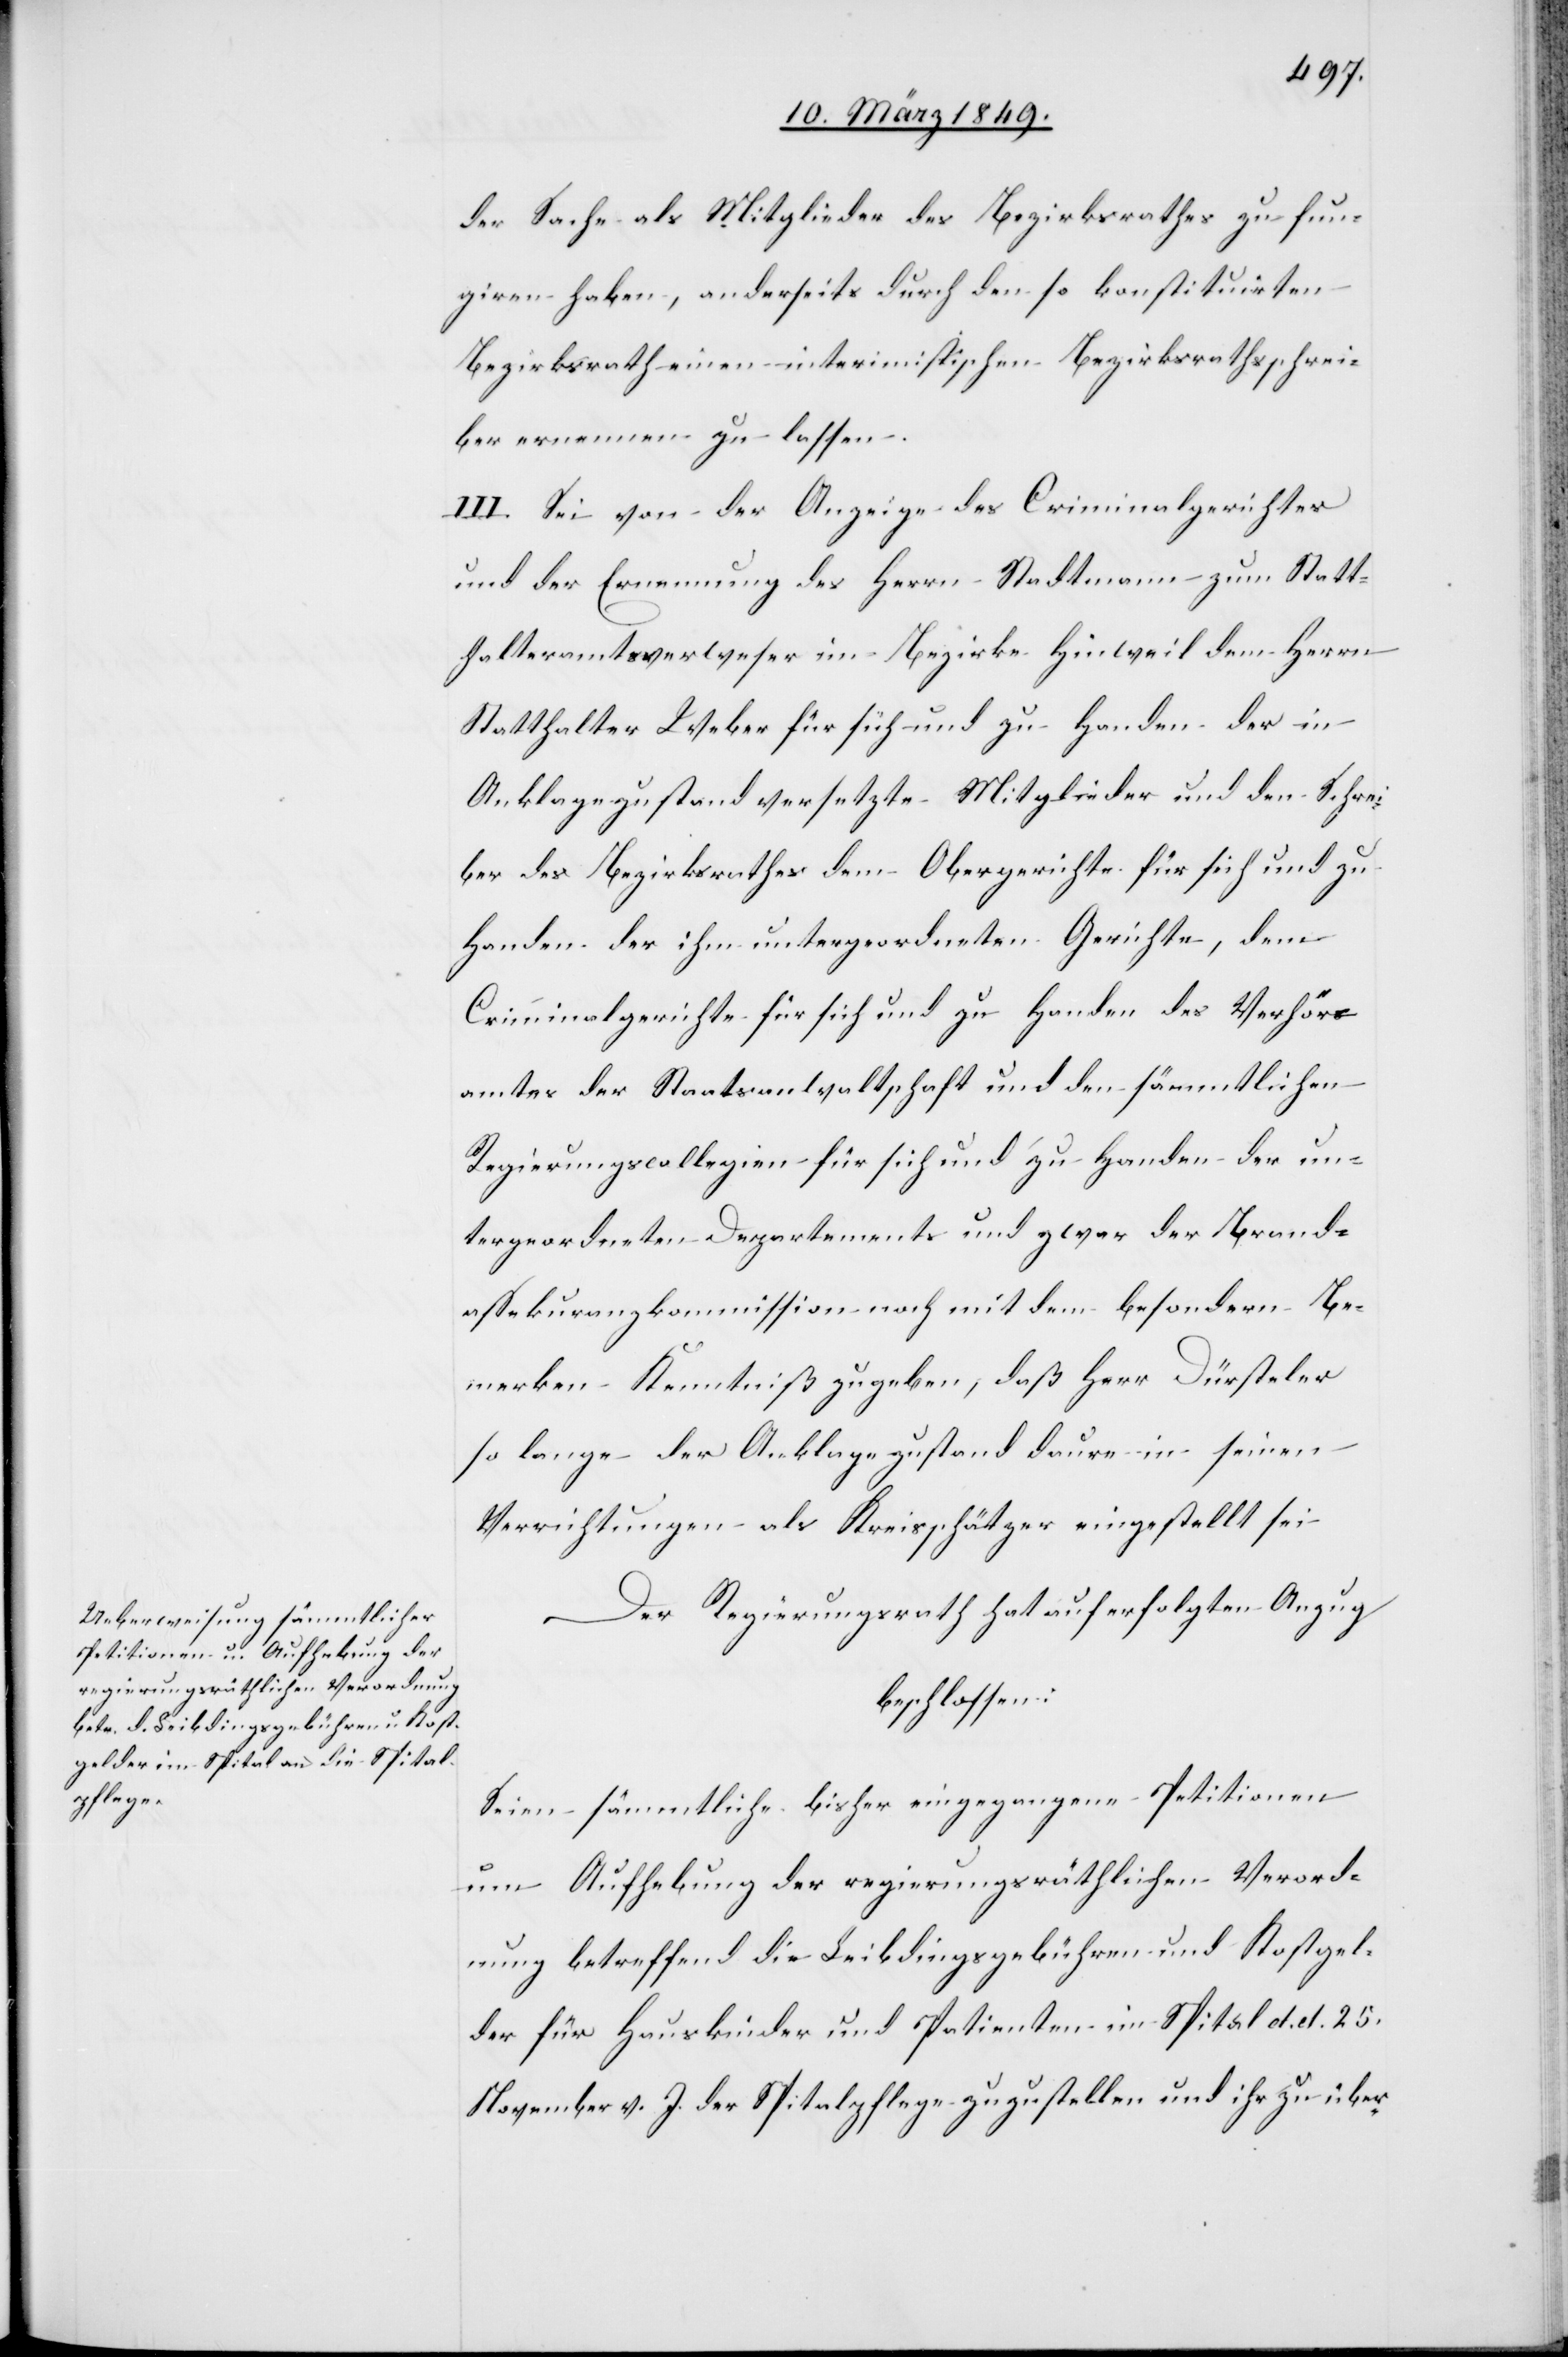
der Sache als Mitglieder des Bezirksrathes zu fun¬
giren haben, anderseits durch den so konstituirten
Bezirksrath einen interimistischen Bezirksrathsschrei¬
ber ernennen zu lassen.
III. Sei von der Anzeige des Criminalgerichtes
und der Ernennung des Herrn Stadtmann zum Statt¬
halteramtsverweser im Bezirke Hinweil dem Herrn
Statthalter Weber für sich und zu Handen der in
Anklagezustand versetzten Mitglieder und den Schrei¬
ber des Bezirksrathes[,] dem Obergerichte für sich und zu
Handen der ihm untergeordneten Gerichte, dem
Criminalgerichte für sich und zu Handen des Verhör¬
amtes der Staatsanwaltschaft und den sämmtlichen
Regierungscollegien für sich und zu Handen der un¬
tergeordneten Departemente und zwar der Brand¬
assekuranzkommission noch mit dem besondern Be¬
merken Kenntniß zu geben, daß Herr Dürsteler
so lange der Anklagezustand daure in seinen
Verrichtungen als Kreisschätzer eingestellt sei[.]
Der Regierungsrath hat auf erfolgten Anzug
beschlossen:
Seien sämmtliche bisher eingegangenen Petitionen
um Aufhebung der regierungsräthlichen Verord¬
nung betreffend die Leibdingsgebühren und Kostgel¬
der für Hauskinder und Patienten im Spital d. d. 25.
November v. J. der Spitalpflege zuzustellen und ihr zu über-